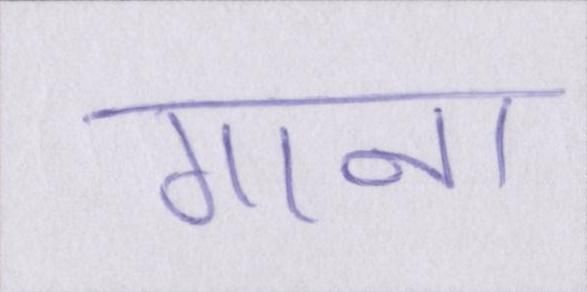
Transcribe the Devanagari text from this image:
गाना